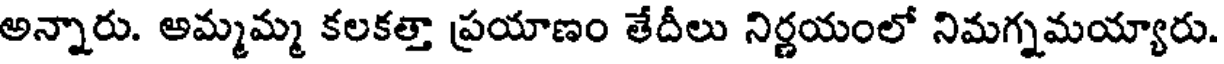
అన్నారు. అమ్మమ్మ కలకత్తా ప్రయాణం తేదీలు నిర్ణయంలో నిమగ్నమయ్యారు.